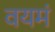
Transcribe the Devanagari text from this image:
वयमं